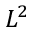
L ^ { 2 }